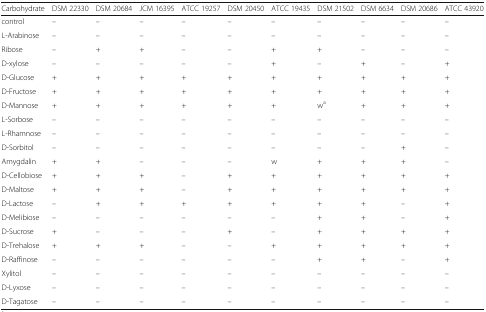
| Carbohydrate | DSM 22330 | DSM 20684 | JCM 16395 | ATCC 19257 | DSM 20450 | ATCC 19435 | DSM 21502 | DSM 6634 | DSM 20686 | ATCC 43920 |
 | --- | --- | --- | --- | --- | --- | --- | --- | --- | --- | --- |
 | control | – | – | – | – | – | – | – | – | – | – |
 | L-Arabinose | – | – | – | – | – | – | – | – | – | – |
 | Ribose | – | + | + | – | – | + | + | – | – | – |
 | D-xylose | – | – | – | – | – | + | – | + | – | + |
 | D-Glucose | + | + | + | + | + | + | + | + | + | + |
 | D-Fructose | + | + | + | + | + | + | + | + | + | + |
 | D-Mannose | + | + | + | + | + | + | wa | + | + | + |
 | L-Sorbose | – | – | – | – | – | – | – | – | – | – |
 | L-Rhamnose | – | – | – | – | – | – | – | – | – | – |
 | D-Sorbitol | – | – | – | – | – | – | – | – | + | – |
 | Amygdalin | + | + | – | – | – | w | + | + | + | – |
 | D-Cellobiose | + | + | + | – | + | + | + | + | + | + |
 | D-Maltose | + | + | + | – | + | + | + | + | + | + |
 | D-Lactose | – | + | + | + | + | + | + | + | – | + |
 | D-Melibiose | – | – | – | – | – | – | + | + | – | + |
 | D-Sucrose | + | – | – | – | + | – | + | + | + | + |
 | D-Trehalose | + | + | + | – | – | + | + | + | + | + |
 | D-Raffinose | – | – | – | – | – | – | + | + | – | + |
 | Xylitol | – | – | – | – | – | – | – | – | – | – |
 | D-Lyxose | – | – | – | – | – | – | – | – | – | – |
 | D-Tagatose | – | – | – | – | – | – | – | – | – | – |